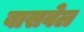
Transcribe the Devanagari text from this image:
बासवेल